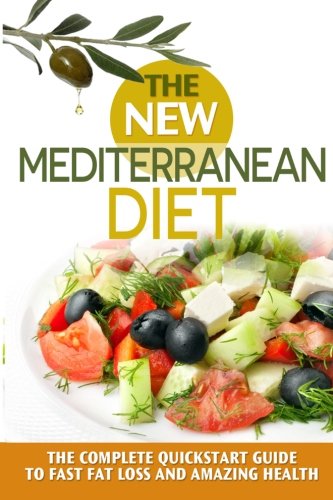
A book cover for The New Mediterranean  Diet Book: A 30-Day Quickstart Guide to Fast Fat Loss and Amazing Health (includes Recipes) (mediterranean diet, mediterranean ... inflammation diet, high blood pressure diet); James A. Pierce; Health, Fitness & Dieting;